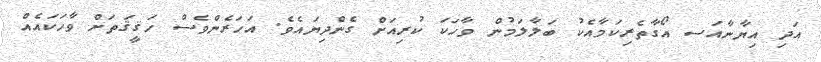
އަދި އިޔާނާއަސ އޯގާތެރިކަމާއެކު ބަލާލަމުން ވާހަކަ ކުރިއަށް ގެންދިޔައެވެ. އަހަރެންވެސް ހަޤީޤަތަށް ވާހަކައެއް